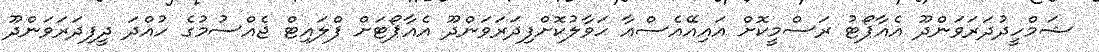
ޝަމްހީދުދަރަވަންދޫ އެއާޕޯޓު ރަސްމީކޮށް އައިއޭއެސްއާ ހަވާލުކޮށްފިދަރަވަންދޫ އެއާޕޯޓަށް ފްލައިޓް ޖެއްސުމުގެ ހުއްދަ ދީފިދަރަވަންދޫ